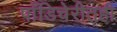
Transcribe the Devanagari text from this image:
पाँडिचेरीतही